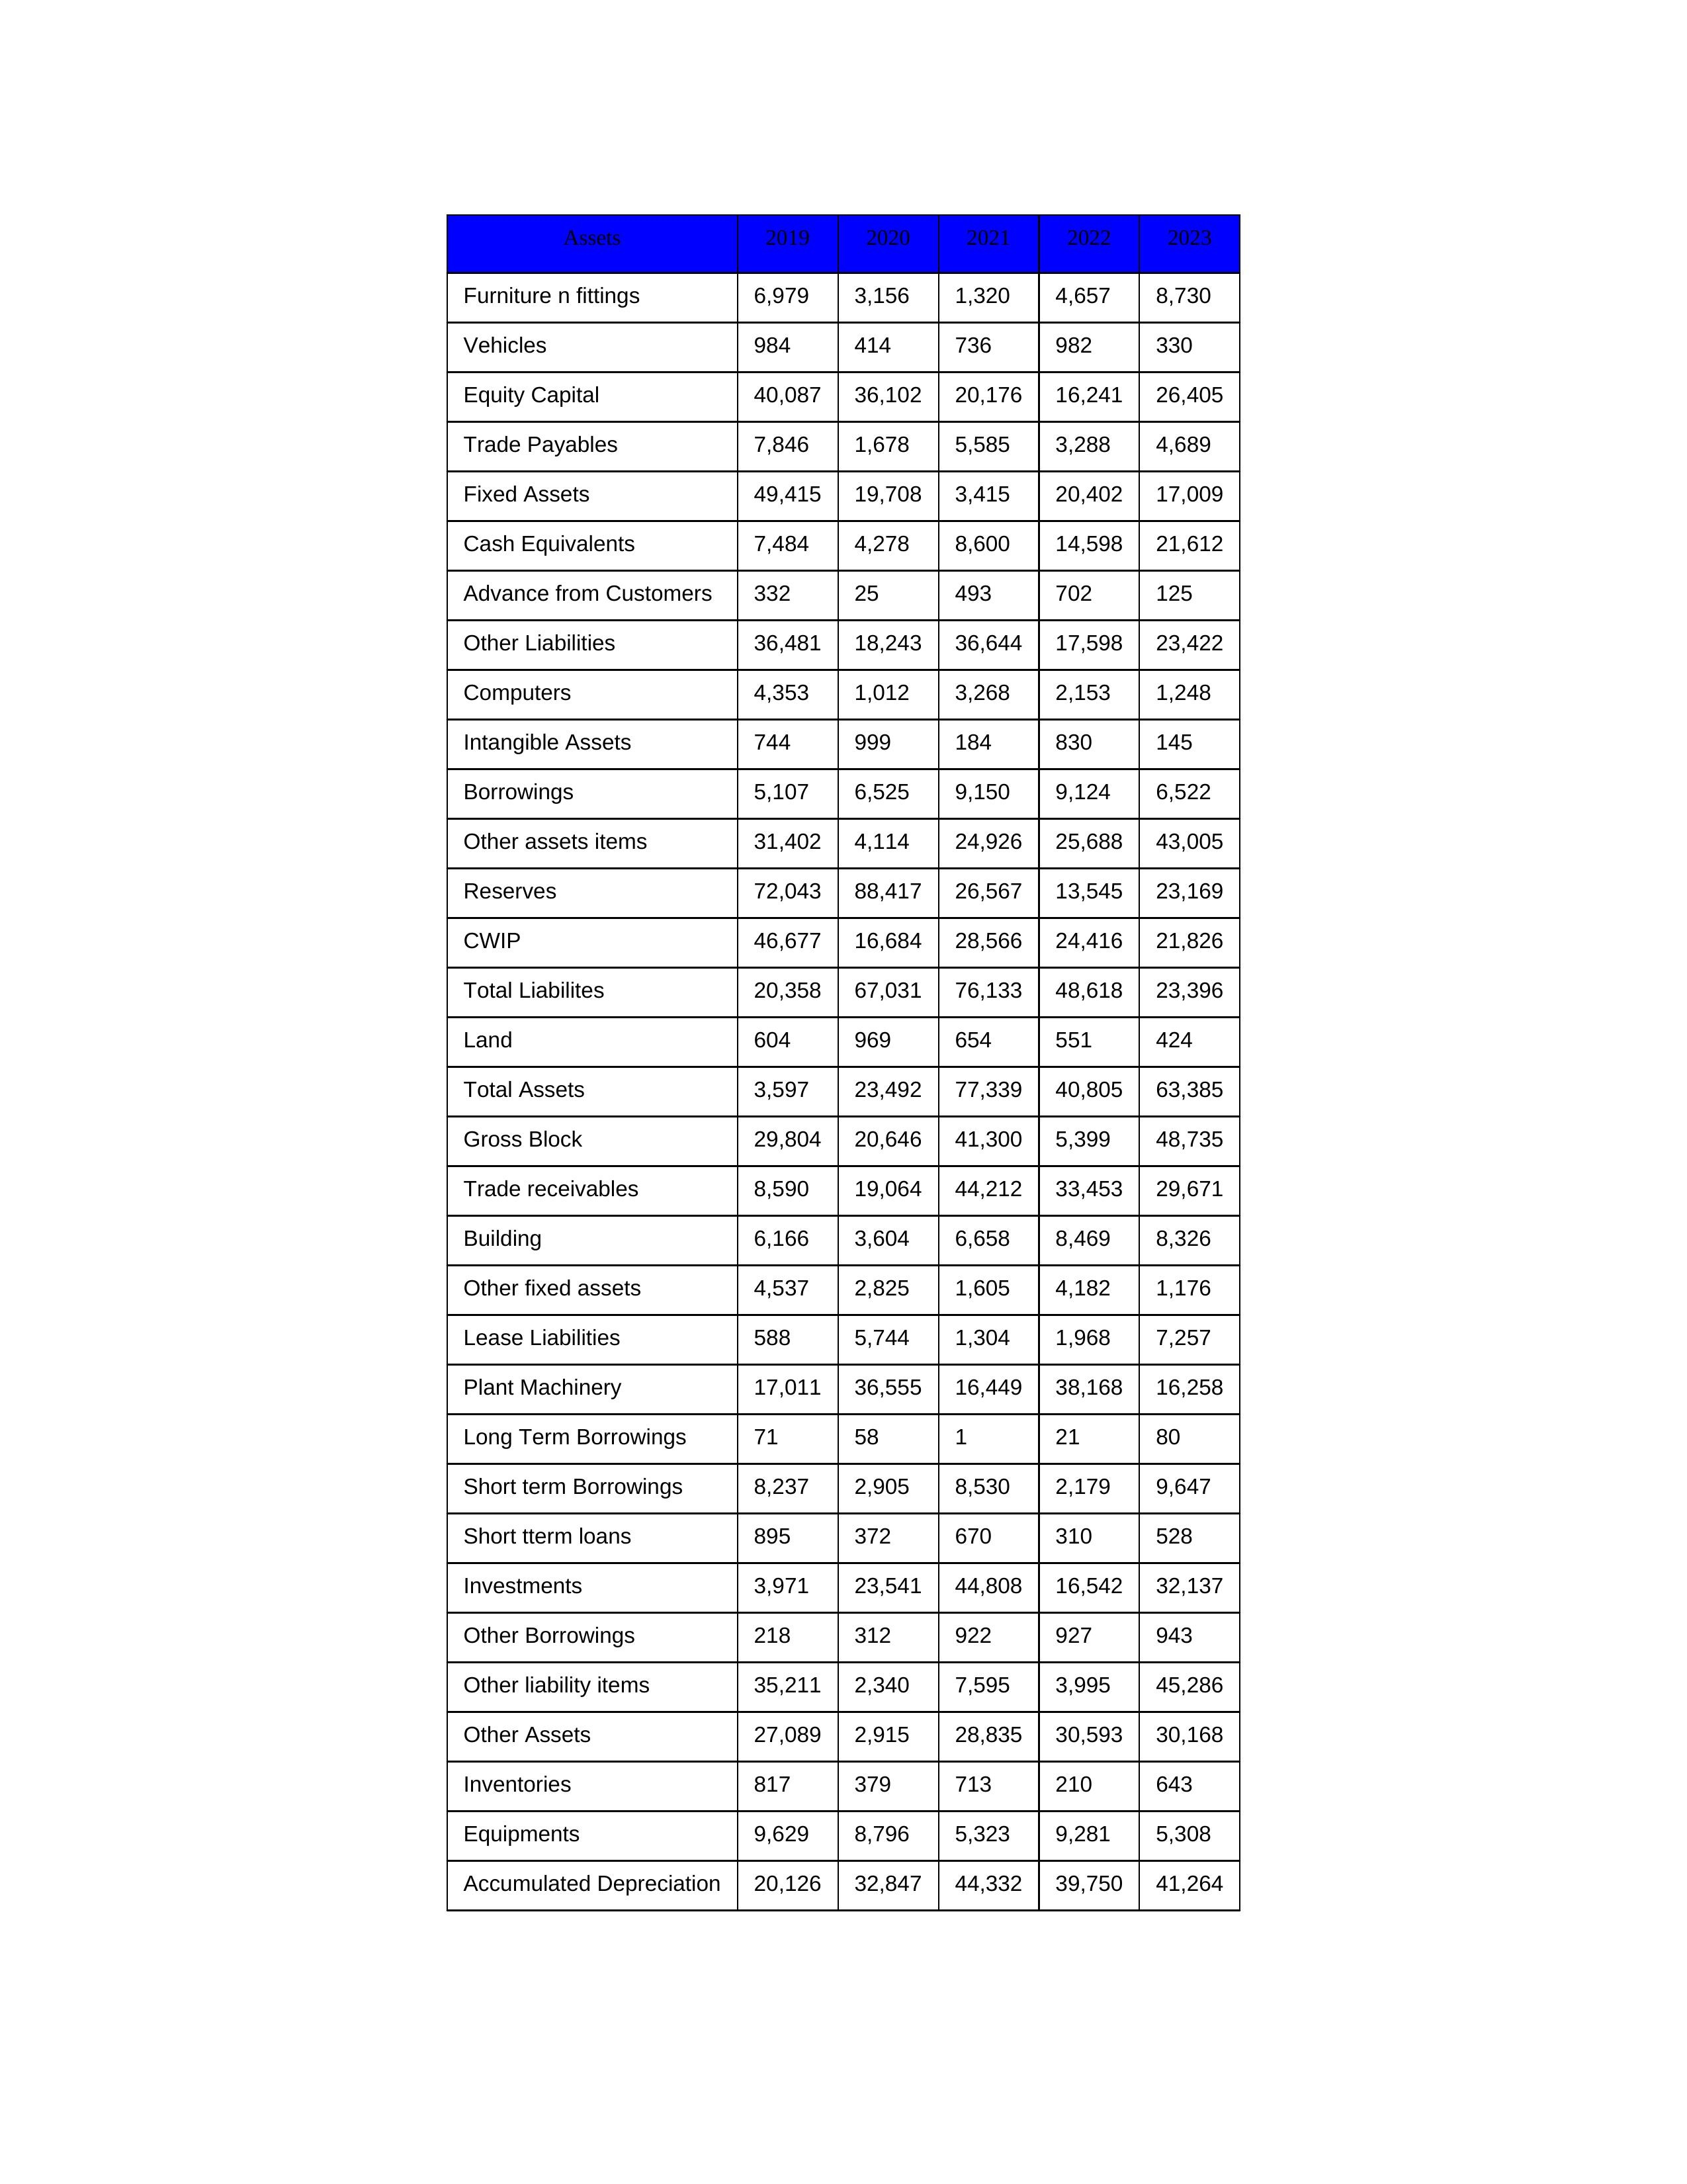
gt_parse: 2019: Equity Capital: 40,087
Reserves: 72,043
Borrowings: 5,107
Long Term Borrowings: 71
Short term Borrowings: 8,237
Lease Liabilities: 588
Other Borrowings: 218
Other Liabilities: 36,481
Trade Payables: 7,846
Advance from Customers: 332
Other liability items: 35,211
Total Liabilites: 20,358
Fixed Assets: 49,415
Land: 604
Building: 6,166
Plant Machinery: 17,011
Equipments: 9,629
Computers: 4,353
Furniture n fittings: 6,979
Vehicles: 984
Intangible Assets: 744
Other fixed assets: 4,537
Gross Block: 29,804
Accumulated Depreciation: 20,126
CWIP: 46,677
Investments: 3,971
Other Assets: 27,089
Inventories: 817
Trade receivables: 8,590
Cash Equivalents: 7,484
Short tterm loans: 895
Other assets items: 31,402
Total Assets: 3,597
2020: Equity Capital: 36,102
Reserves: 88,417
Borrowings: 6,525
Long Term Borrowings: 58
Short term Borrowings: 2,905
Lease Liabilities: 5,744
Other Borrowings: 312
Other Liabilities: 18,243
Trade Payables: 1,678
Advance from Customers: 25
Other liability items: 2,340
Total Liabilites: 67,031
Fixed Assets: 19,708
Land: 969
Building: 3,604
Plant Machinery: 36,555
Equipments: 8,796
Computers: 1,012
Furniture n fittings: 3,156
Vehicles: 414
Intangible Assets: 999
Other fixed assets: 2,825
Gross Block: 20,646
Accumulated Depreciation: 32,847
CWIP: 16,684
Investments: 23,541
Other Assets: 2,915
Inventories: 379
Trade receivables: 19,064
Cash Equivalents: 4,278
Short tterm loans: 372
Other assets items: 4,114
Total Assets: 23,492
2021: Equity Capital: 20,176
Reserves: 26,567
Borrowings: 9,150
Long Term Borrowings: 1
Short term Borrowings: 8,530
Lease Liabilities: 1,304
Other Borrowings: 922
Other Liabilities: 36,644
Trade Payables: 5,585
Advance from Customers: 493
Other liability items: 7,595
Total Liabilites: 76,133
Fixed Assets: 3,415
Land: 654
Building: 6,658
Plant Machinery: 16,449
Equipments: 5,323
Computers: 3,268
Furniture n fittings: 1,320
Vehicles: 736
Intangible Assets: 184
Other fixed assets: 1,605
Gross Block: 41,300
Accumulated Depreciation: 44,332
CWIP: 28,566
Investments: 44,808
Other Assets: 28,835
Inventories: 713
Trade receivables: 44,212
Cash Equivalents: 8,600
Short tterm loans: 670
Other assets items: 24,926
Total Assets: 77,339
2022: Equity Capital: 16,241
Reserves: 13,545
Borrowings: 9,124
Long Term Borrowings: 21
Short term Borrowings: 2,179
Lease Liabilities: 1,968
Other Borrowings: 927
Other Liabilities: 17,598
Trade Payables: 3,288
Advance from Customers: 702
Other liability items: 3,995
Total Liabilites: 48,618
Fixed Assets: 20,402
Land: 551
Building: 8,469
Plant Machinery: 38,168
Equipments: 9,281
Computers: 2,153
Furniture n fittings: 4,657
Vehicles: 982
Intangible Assets: 830
Other fixed assets: 4,182
Gross Block: 5,399
Accumulated Depreciation: 39,750
CWIP: 24,416
Investments: 16,542
Other Assets: 30,593
Inventories: 210
Trade receivables: 33,453
Cash Equivalents: 14,598
Short tterm loans: 310
Other assets items: 25,688
Total Assets: 40,805
2023: Equity Capital: 26,405
Reserves: 23,169
Borrowings: 6,522
Long Term Borrowings: 80
Short term Borrowings: 9,647
Lease Liabilities: 7,257
Other Borrowings: 943
Other Liabilities: 23,422
Trade Payables: 4,689
Advance from Customers: 125
Other liability items: 45,286
Total Liabilites: 23,396
Fixed Assets: 17,009
Land: 424
Building: 8,326
Plant Machinery: 16,258
Equipments: 5,308
Computers: 1,248
Furniture n fittings: 8,730
Vehicles: 330
Intangible Assets: 145
Other fixed assets: 1,176
Gross Block: 48,735
Accumulated Depreciation: 41,264
CWIP: 21,826
Investments: 32,137
Other Assets: 30,168
Inventories: 643
Trade receivables: 29,671
Cash Equivalents: 21,612
Short tterm loans: 528
Other assets items: 43,005
Total Assets: 63,385